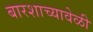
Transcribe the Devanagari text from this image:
बारशाच्यावेळी